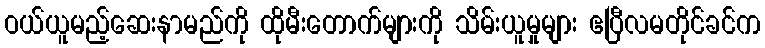
ဝယ်ယူမည့်ဆေးနာမည်ကို ထိုမီးတောက်များကို သိမ်းယူမှုများ ဧပြီလမတိုင်ခင်က